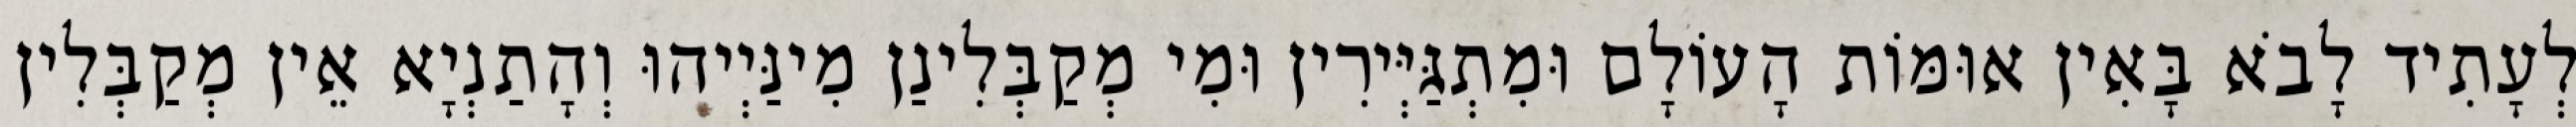
לְעָתִיד לָבֹא בָּאִין אוּמּוֹת הָעוֹלָם וּמִתְגַּיְּירִין וּמִי מְקַבְּלִינַן מִינַּיְיהוּ וְהָתַנְיָא אֵין מְקַבְּלִין